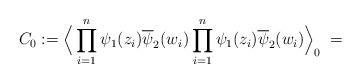
LaTeX: \begin{align*}C_0 :=\Big \langle\prod_{i=1}^n \psi_1(z_i)\overline{\psi}_2(w_i)\prod_{i=1}^n \psi_1(z_i)\overline{\psi}_2(w_i) \Big\rangle_0 \; =\end{align*}